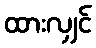
ထားလျှင်